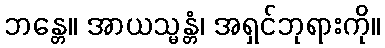
ဘန္တေ။ အာယသ္မန္တံ၊ အရှင်ဘုရားကို။